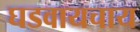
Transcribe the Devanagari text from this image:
घडवायचाय